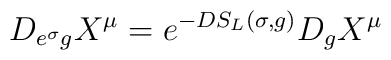
D_{e^\sigma g}X^\mu=e^{-D S_L(\sigma,g)}D_gX^\mu